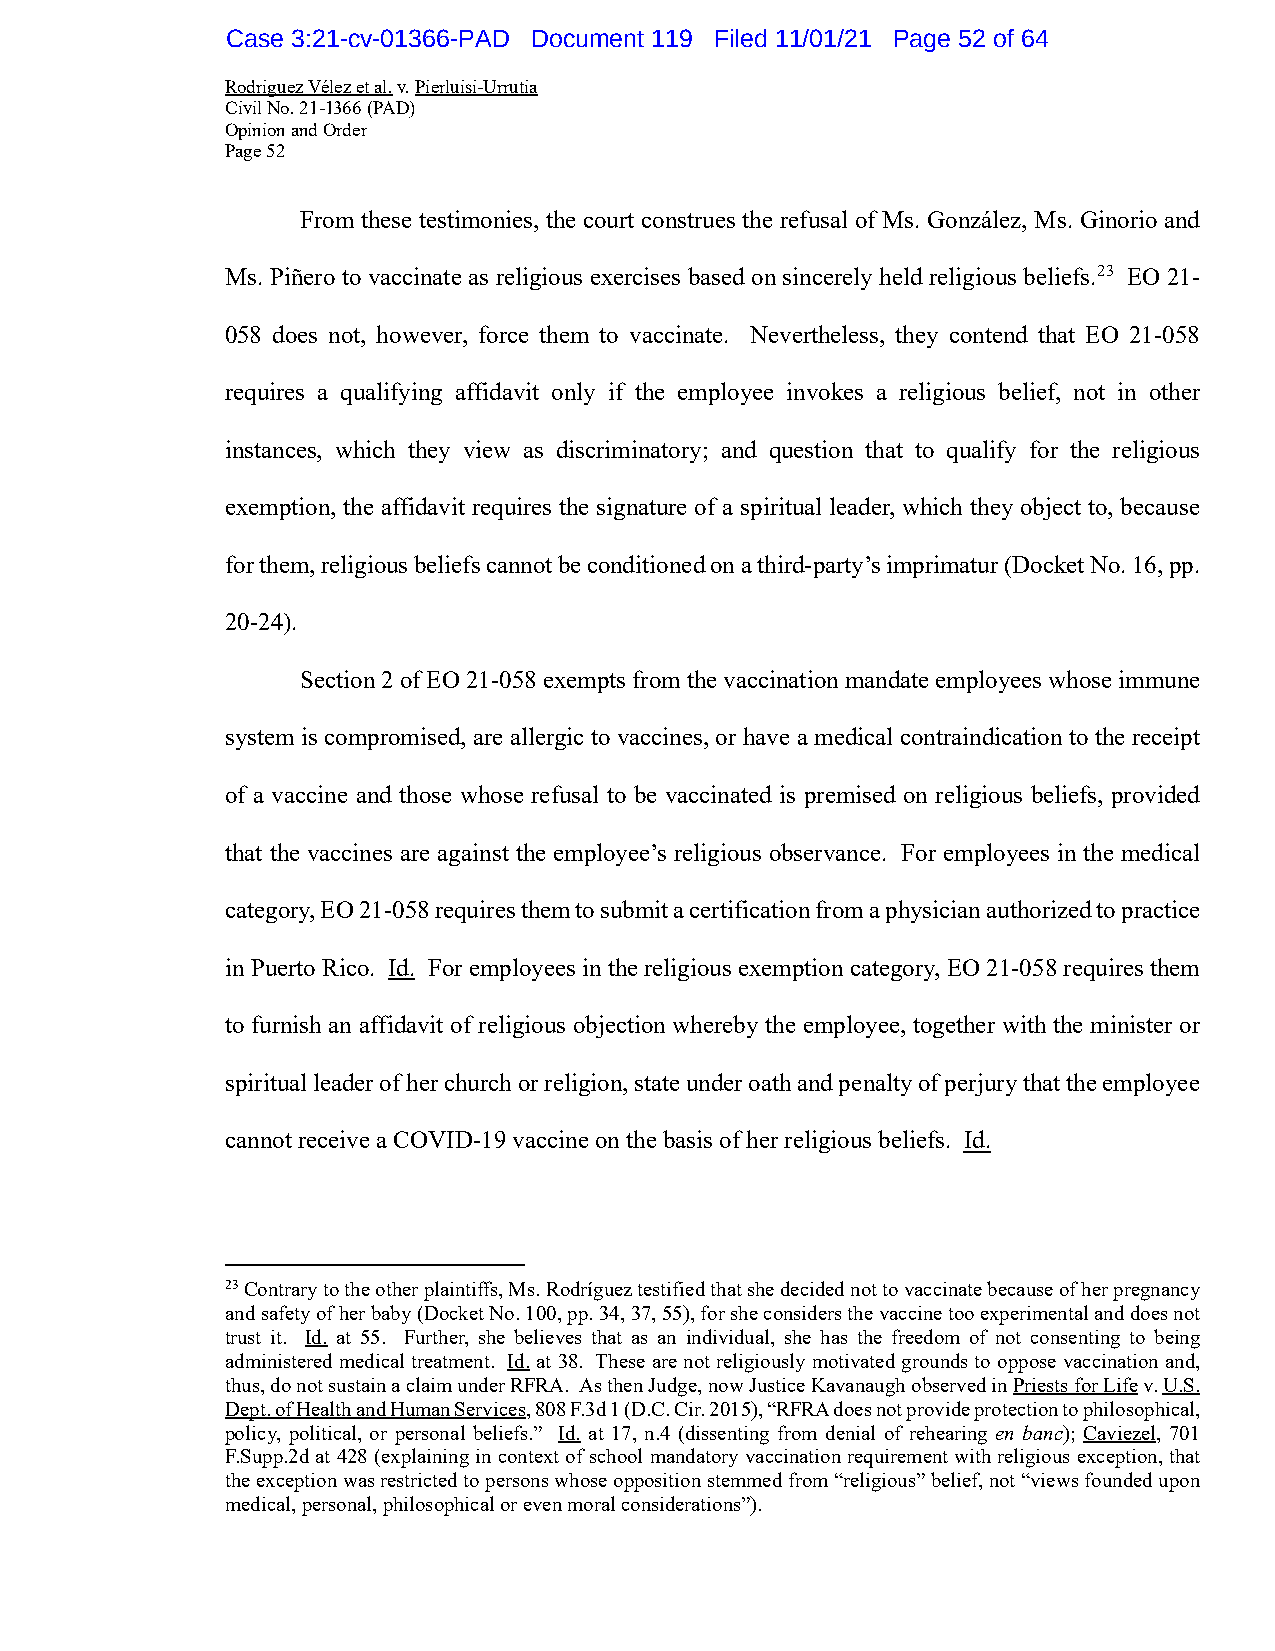
Case 3:21-cv-01366-PAD Document 119 Filed 11/01/21 Page 52 of 64
 Rodriguez Vélez et al. v. Pierluisi-Urrutia
 Civil No. 21-1366 (PAD)
 Opinion and Order
 Page 52
 From these testimonies, the court construes the refusal of Ms. González, Ms. Ginorio and
 Ms. Piñero to vaccinate as religious exercises based on sincerely held religious beliefs.23 EO 21-
 058 does not, however, force them to vaccinate. Nevertheless, they contend that EO 21-058
 requires a qualifying affidavit only if the employee invokes a religious belief, not in other
 instances, which they view as discriminatory; and question that to qualify for the religious
 exemption, the affidavit requires the signature of a spiritual leader, which they object to, because
 for them, religious beliefs cannot be conditioned on a third-party’s imprimatur (Docket No. 16, pp.
 20-24).
 Section 2 of EO 21-058 exempts from the vaccination mandate employees whose immune
 system is compromised, are allergic to vaccines, or have a medical contraindication to the receipt
 of a vaccine and those whose refusal to be vaccinated is premised on religious beliefs, provided
 that the vaccines are against the employee’s religious observance. For employees in the medical
 category, EO 21-058 requires them to submit a certification from a physician authorized to practice
 in Puerto Rico. Id. For employees in the religious exemption category, EO 21-058 requires them
 to furnish an affidavit of religious objection whereby the employee, together with the minister or
 spiritual leader of her church or religion, state under oath and penalty of perjury that the employee
 cannot receive a COVID-19 vaccine on the basis of her religious beliefs. Id.
 23 Contrary to the other plaintiffs, Ms. Rodríguez testified that she decided not to vaccinate because of her pregnancy
 and safety of her baby (Docket No. 100, pp. 34, 37, 55), for she considers the vaccine too experimental and does not
 trust it. Id. at 55. Further, she believes that as an individual, she has the freedom of not consenting to being
 administered medical treatment. Id. at 38. These are not religiously motivated grounds to oppose vaccination and,
 thus, do not sustain a claim under RFRA. As then Judge, now Justice Kavanaugh observed in Priests for Life v. U.S.
 Dept. of Health and Human Services, 808 F.3d 1 (D.C. Cir. 2015), “RFRA does not provide protection to philosophical,
 policy, political, or personal beliefs.” Id. at 17, n.4 (dissenting from denial of rehearing en banc); Caviezel, 701
 F.Supp.2d at 428 (explaining in context of school mandatory vaccination requirement with religious exception, that
 the exception was restricted to persons whose opposition stemmed from “religious” belief, not “views founded upon
 medical, personal, philosophical or even moral considerations”).